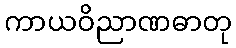
ကာယဝိညာဏဓာတု